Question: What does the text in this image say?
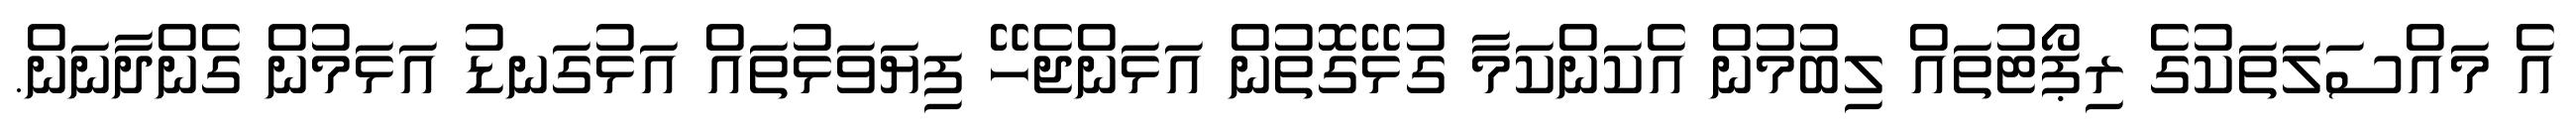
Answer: އެ މައްސަލަތަކުގެ ރިޕޯޓުތައް ލިބުމުން އެކަންކަމާ ގުޅޭގޮތުން އަޅަންޖެހޭ ފިޔަވަޅުތައް އަޅުގަނޑު އަޅަމުން ގެންދާނަން.